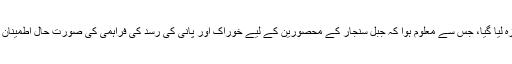
صدر اوباما نے کہا کہ جمعرات کی صبح، عراق کے معاملے پر ایک اعلیٰ اجلاس میں صورت حال کا جائزہ لیا گیا، جس سے معلوم ہوا کہ جبل سنجار کے محصورین کے لیے خوراک اور پانی کی رسد کی فراہمی کی صورت حال اطمینان بخش ہے، اور حالت کنٹرول میں ہے، اور اس ضمن میں مزید فوجی کارروائی کی ضرورت باقی نہیں رہی۔